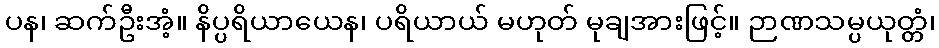
ပန၊ ဆက်ဦးအံ့။ နိပ္ပရိယာယေန၊ ပရိယာယ် မဟုတ် မုချအားဖြင့်။ ဉာဏသမ္ပယုတ္တံ၊